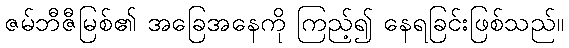
ဇမ်ဘီဇီမြစ်၏ အခြေအနေကို ကြည့်၍ နေရခြင်းဖြစ်သည်။